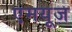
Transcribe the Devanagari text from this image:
एमयूज